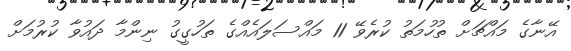
އޭނާގެ މައްޗަށް ތުހުމަތު ކުރެވޭ 11 މައްސަލައެއްގެ ތަހުގީގު ނިންމާ ދައުވާ ކުރުމަށް